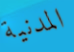
المدنية